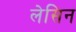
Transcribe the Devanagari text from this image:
लेसिन